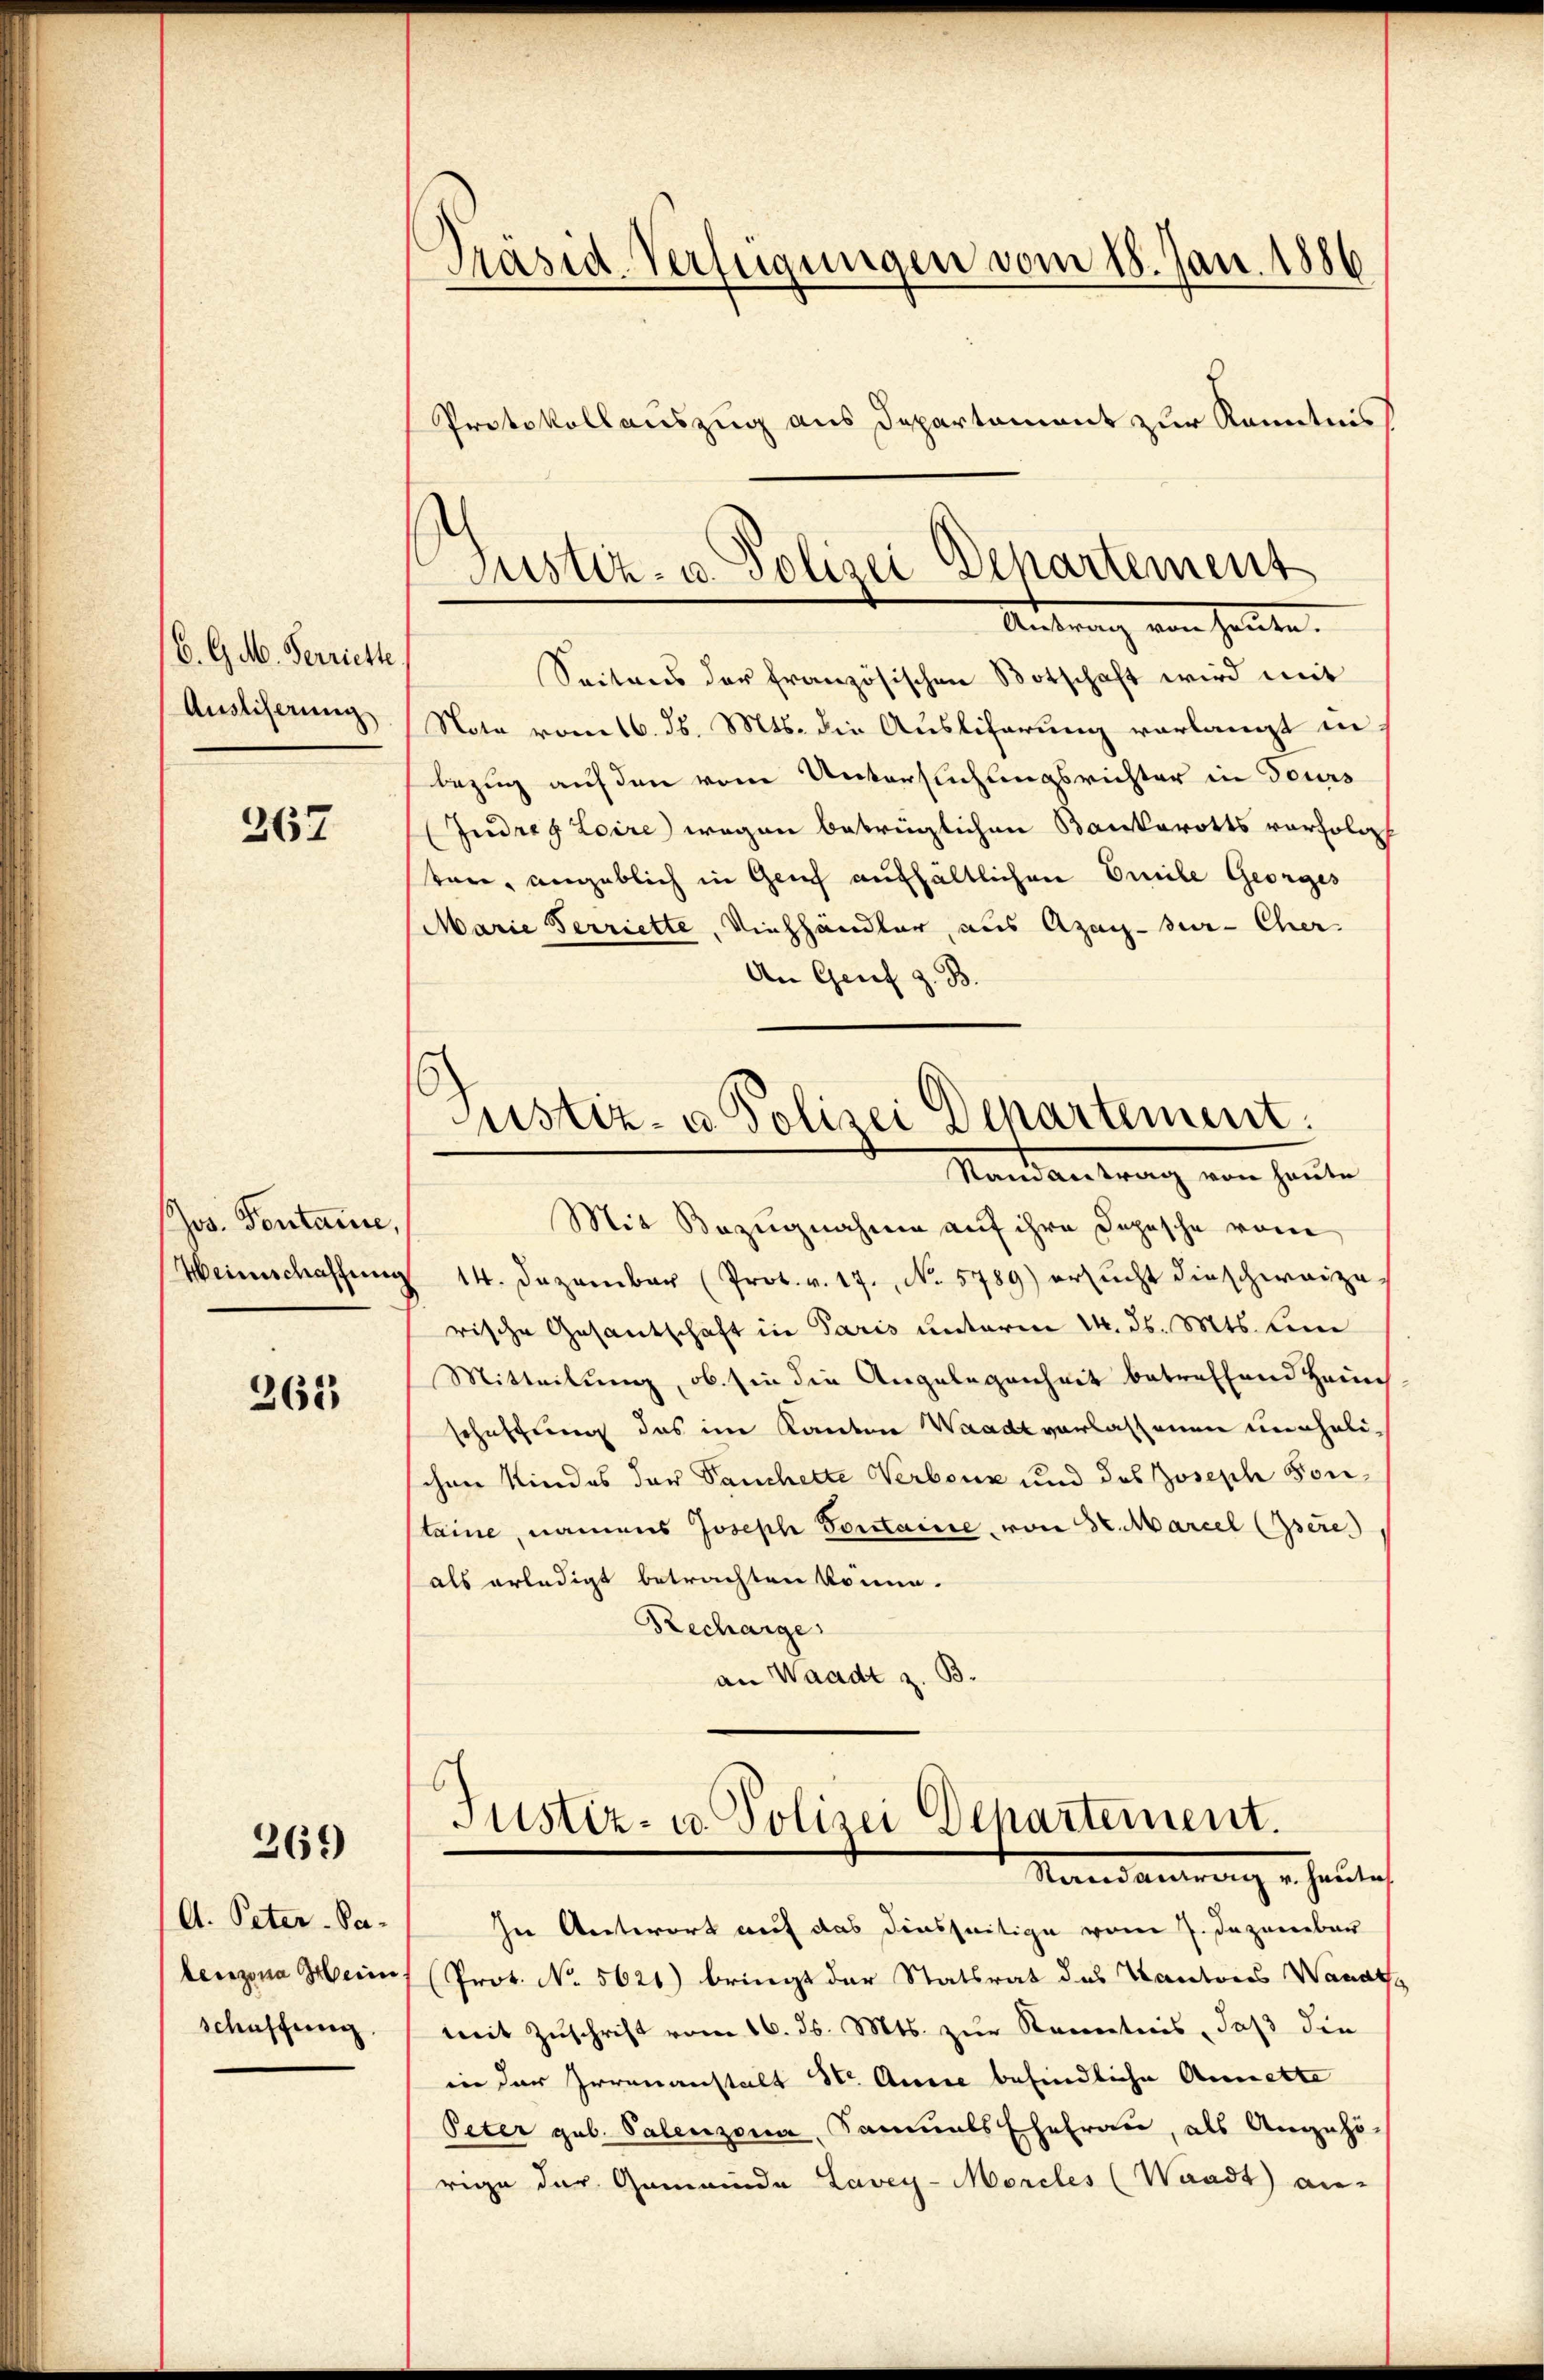
B. G. M. Verriette
Ausliserung

367

Jos. Pontanie,
Weinschaffung

262

269

A. Peter-Pabenzona Mein
schaffung

Präsid. Verfügungen vom 18. Jan. 1886
Protokollauszug aus Departement zur Kenntnis

Seitens der französischen Botschaft wird mit
Note vom 16. ds. Mts. die Ausliferung vorlangt in
bezug auf den vom Untersuchungsrichter in Tours
(Judreg Loire wegen betringlichen Bankerotts verfolg
tere, angeblich in Genf aufhältlichen Emile Georges
Marie Verriette, Viehhändler, aus Azag-ur- Cher.
An Genf z. B.
Mit Bezugnahme auf ihre Depesche vom
14. Dezember (Prot. v. 17. No. 5789) ersucht dieschweize
rische Gesantschaft in Paris unterm 14. ds. Mts. ein
Mitteilung, ob sie die Angelegenheit betreffend Heim
schaffung das im Kanton Waadt vorlassenen unehelichen Kindes der Tauchette Verbenz und des Joseph Sontaine, namens Joseph Sontaine, von Sr. Marcel (Isere
als erledigt betrachten könne.
Recharge
an Waadt z. B.
Justiz- u. Polizei Departement.
Mandantrang er heute
In Antwort auf das Dinsseitige vom 7. Dezember
(Prot. No. 5621) bringt der Statsrat des Kantons Wanats
mit Zuschrift vom 16. ds. Mts. zur Kenntnis, daß die
in der Irrenanstalt Str. Anne befindliche Annette
Peter geb. Palenzona, Samals Ehefrau, als Angehö-
rige der Gemeinde Lavey-Morcles (Waadt an-

Justiz- u. Polizei Departement
Antrang von heute.

ustiz- & Polizei Departement.
Mandantrag von heuten